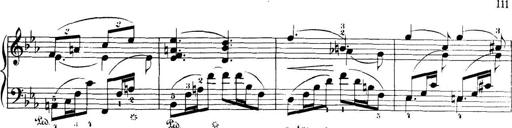
Title: 32 Sonatinas and Rondos for the Piano
Composer: Richard Kleinmichel